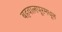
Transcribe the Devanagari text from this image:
बहवालपूरमधून